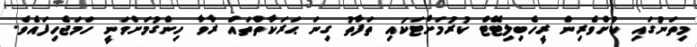
މިތަނުގައި ކުށްވެރިން ރީހެބިލިޓޭޓް ކުރުމަށްޓަކައި ތަފާތު ގިނަ ޙަރަކާތްތައް ރާވާ ހިންގުމަށްވަނީ ހަމަޖެހިފައެވެ.